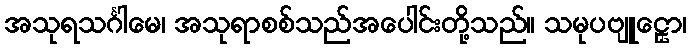
အသုရသင်္ဂါမေ၊ အသုရာစစ်သည်အပေါင်းတို့သည်။ သမုပဗျူဠှော၊